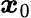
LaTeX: \boldsymbol{x}_{0}